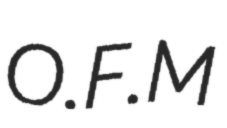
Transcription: O.F.M